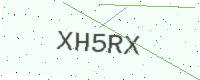
Text: XH5RX